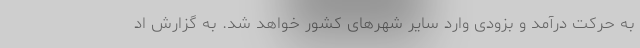
به حرکت درآمد و بزودی وارد سایر شهرهای کشور خواهد شد. به گزارش اد